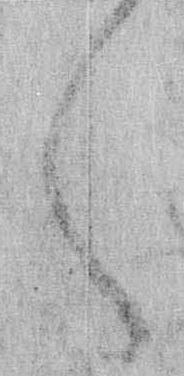
く